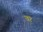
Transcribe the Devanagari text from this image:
व१